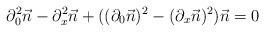
LaTeX: \begin{align*} \partial_{0}^2 \vec{n} - \partial_{x}^2\vec{n}+((\partial_{0}\vec{n})^2 - (\partial_{x}\vec{n})^2 )\vec{n} = 0\end{align*}